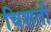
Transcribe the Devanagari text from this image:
चिशती